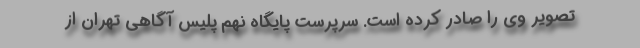
تصویر وی را صادر کرده است. سرپرست پایگاه نهم پلیس آگاهی تهران از